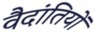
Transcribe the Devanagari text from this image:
वैदांतियों